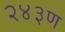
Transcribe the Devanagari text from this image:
२४३ण